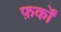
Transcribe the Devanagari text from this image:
फ़र्कों